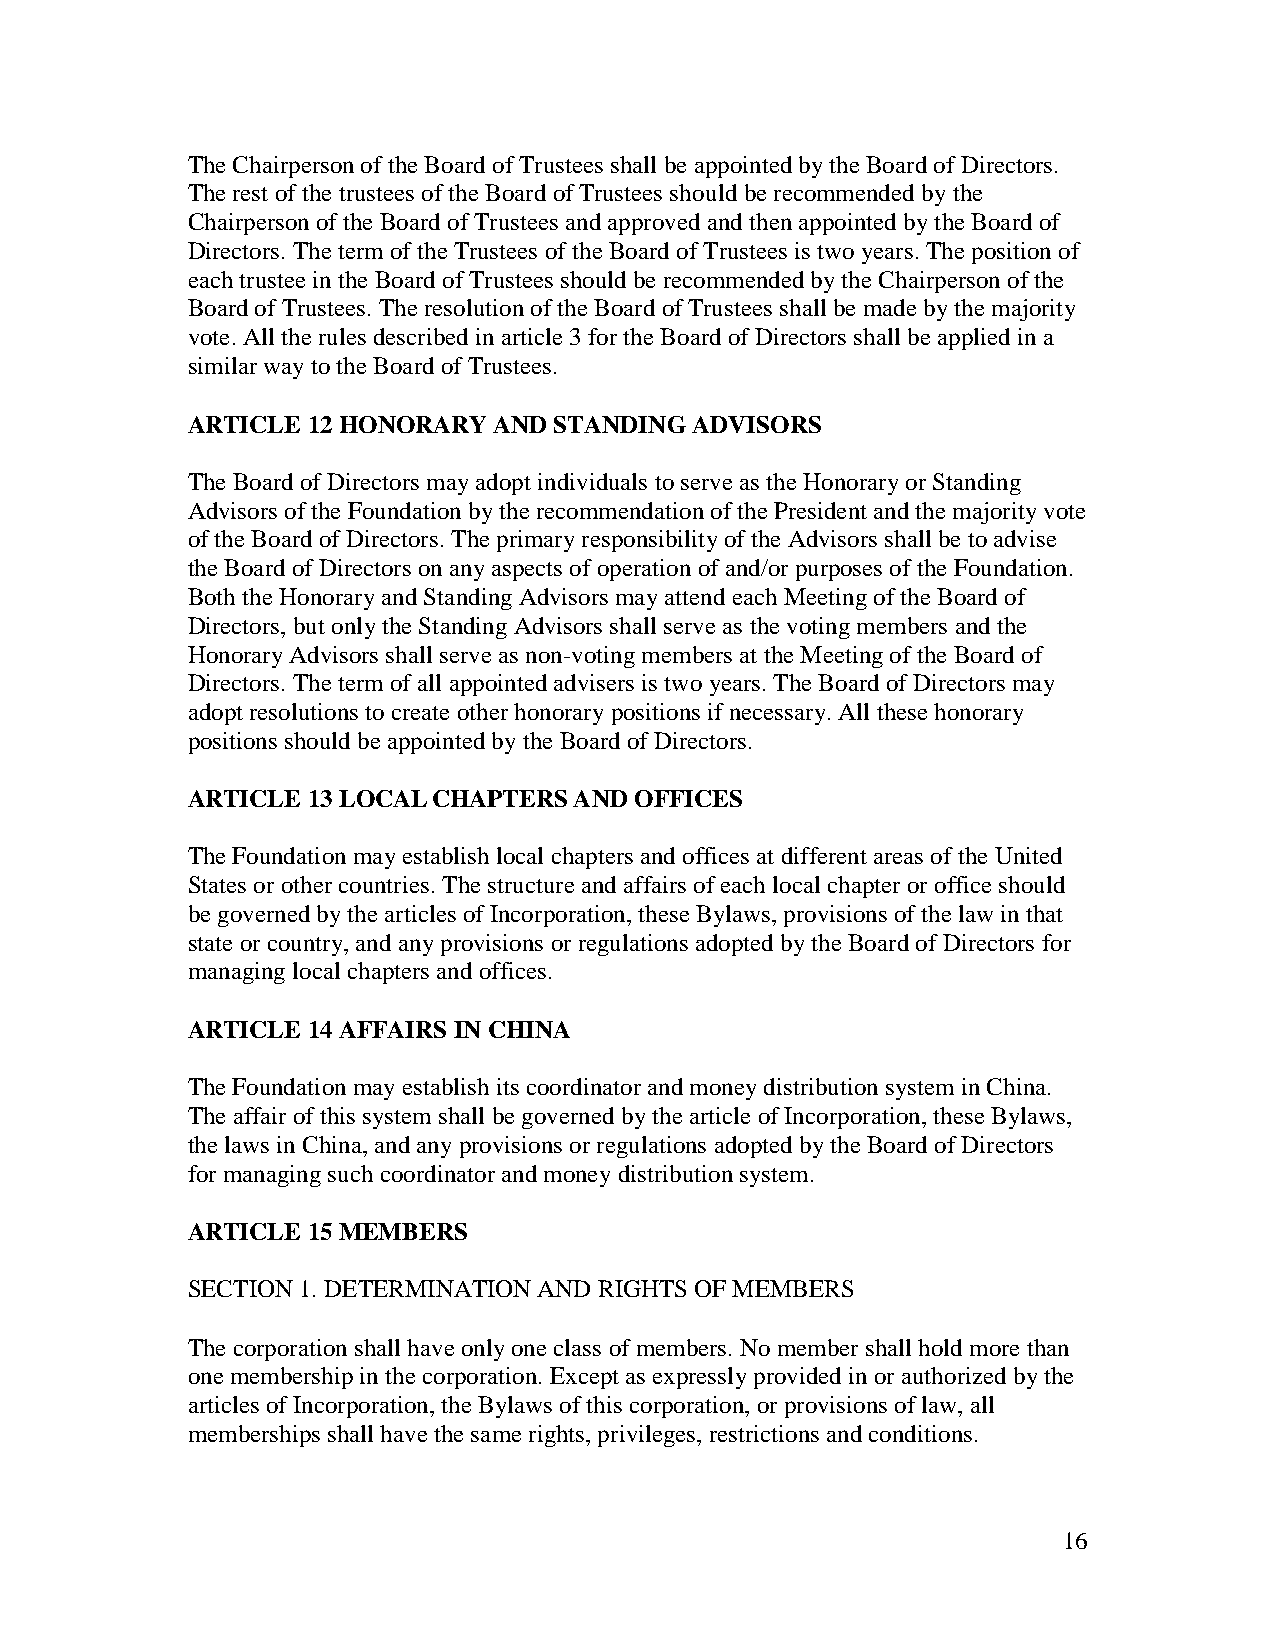
The Chairperson of the Board of Trustees shall be appointed by the Board of Directors.
 The rest of the trustees of the Board of Trustees should be recommended by the
 Chairperson of the Board of Trustees and approved and then appointed by the Board of
 Directors. The term of the Trustees of the Board of Trustees is two years. The position of
 each trustee in the Board of Trustees should be recommended by the Chairperson of the
 Board of Trustees. The resolution of the Board of Trustees shall be made by the majority
 vote. All the rules described in article 3 for the Board of Directors shall be applied in a
 similar way to the Board of Trustees.
 ARTICLE 12 HONORARY  AND STANDING ADVISORS
 The Board of Directors may adopt individuals to serve as the Honorary or Standing
 Advisors of the Foundation by the recommendation of the President and the majority vote
 of the Board of Directors. The primary responsibility of the Advisors shall be to advise
 the Board of Directors on any aspects of operation of and/or purposes of the Foundation.
 Both the Honorary and Standing Advisors may attend each Meeting of the Board of
 Directors, but only the Standing Advisors shall serve as the voting members and the
 Honorary Advisors shall serve as non-voting members at the Meeting of the Board of
 Directors. The term of all appointed advisers is two years. The Board of Directors may
 adopt resolutions to create other honorary positions if necessary. All these honorary
 positions should be appointed by the Board of Directors.
 ARTICLE 13 LOCAL CHAPTERS AND OFFICES
 The Foundation may establish local chapters and offices at different areas of the United
 States or other countries. The structure and affairs of each local chapter or office should
 be governed by the articles of Incorporation, these Bylaws, provisions of the law in that
 state or country, and any provisions or regulations adopted by the Board of Directors for
 managing local chapters and offices.
 ARTICLE 14 AFFAIRS IN CHINA
 The Foundation may establish its coordinator and money distribution system in China.
 The affair of this system shall be governed by the article of Incorporation, these Bylaws,
 the laws in China, and any provisions or regulations adopted by the Board of Directors
 for managing such coordinator and money distribution system.
 ARTICLE 15 MEMBERS
 SECTION 1. DETERMINATION AND RIGHTS OF MEMBERS
 The corporation shall have only one class of members. No member shall hold more than
 one membership in the corporation. Except as expressly provided in or authorized by the
 articles of Incorporation, the Bylaws of this corporation, or provisions of law, all
 memberships shall have the same rights, privileges, restrictions and conditions.
 16